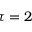
\tau = 2